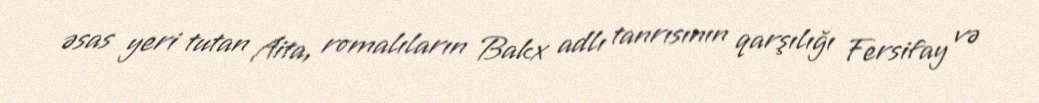
əsas yeri tutan Aita, romalıların Bakx adlı tanrısının qarşılığı Fersifay və